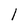
Character: l